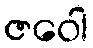
ဇဝေါ